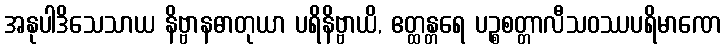
အနုပါဒိသေသာယ နိဗ္ဗာနဓာတုယာ ပရိနိဗ္ဗာယိ, ဧတ္ထန္တရေ ပဉ္စစတ္တာလီသဝဿပရိမာဏေ